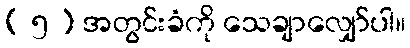
( ၅ ) အတွင်းခံကို သေချာလျှော်ပါ။